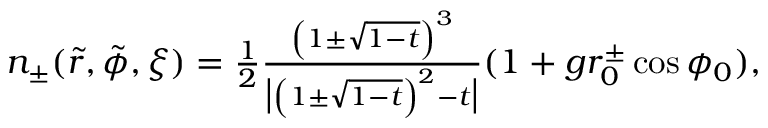
\begin{array} { r } { n _ { \pm } ( \tilde { r } , \tilde { \phi } , \xi ) = \frac { 1 } { 2 } \frac { \left( 1 \pm \sqrt { 1 - t } \right) ^ { 3 } } { \big | \left( 1 \pm \sqrt { 1 - t } \right) ^ { 2 } - t \big | } ( 1 + g r _ { 0 } ^ { \pm } \cos \phi _ { 0 } ) , } \end{array}